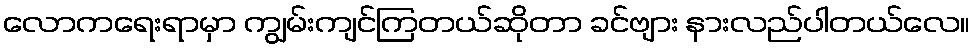
လောကရေးရာမှာ ကျွမ်းကျင်ကြတယ်ဆိုတာ ခင်ဗျား နားလည်ပါတယ်လေ။